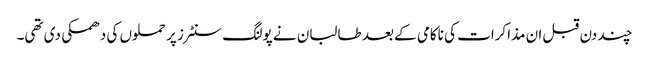
چند دن قبل ان مذاکرات کی ناکامی کے بعد طالبان نے پولنگ سنٹرز پر حملوں کی دھمکی دی تھی۔